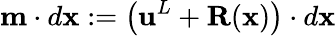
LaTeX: \mathbf{m}\cdot d\mathbf{x}:=\left(\mathbf{u}^{L}+\mathbf{R}(\mathbf{x})\right)\cdot d\mathbf{x}